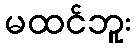
မထင်ဘူး